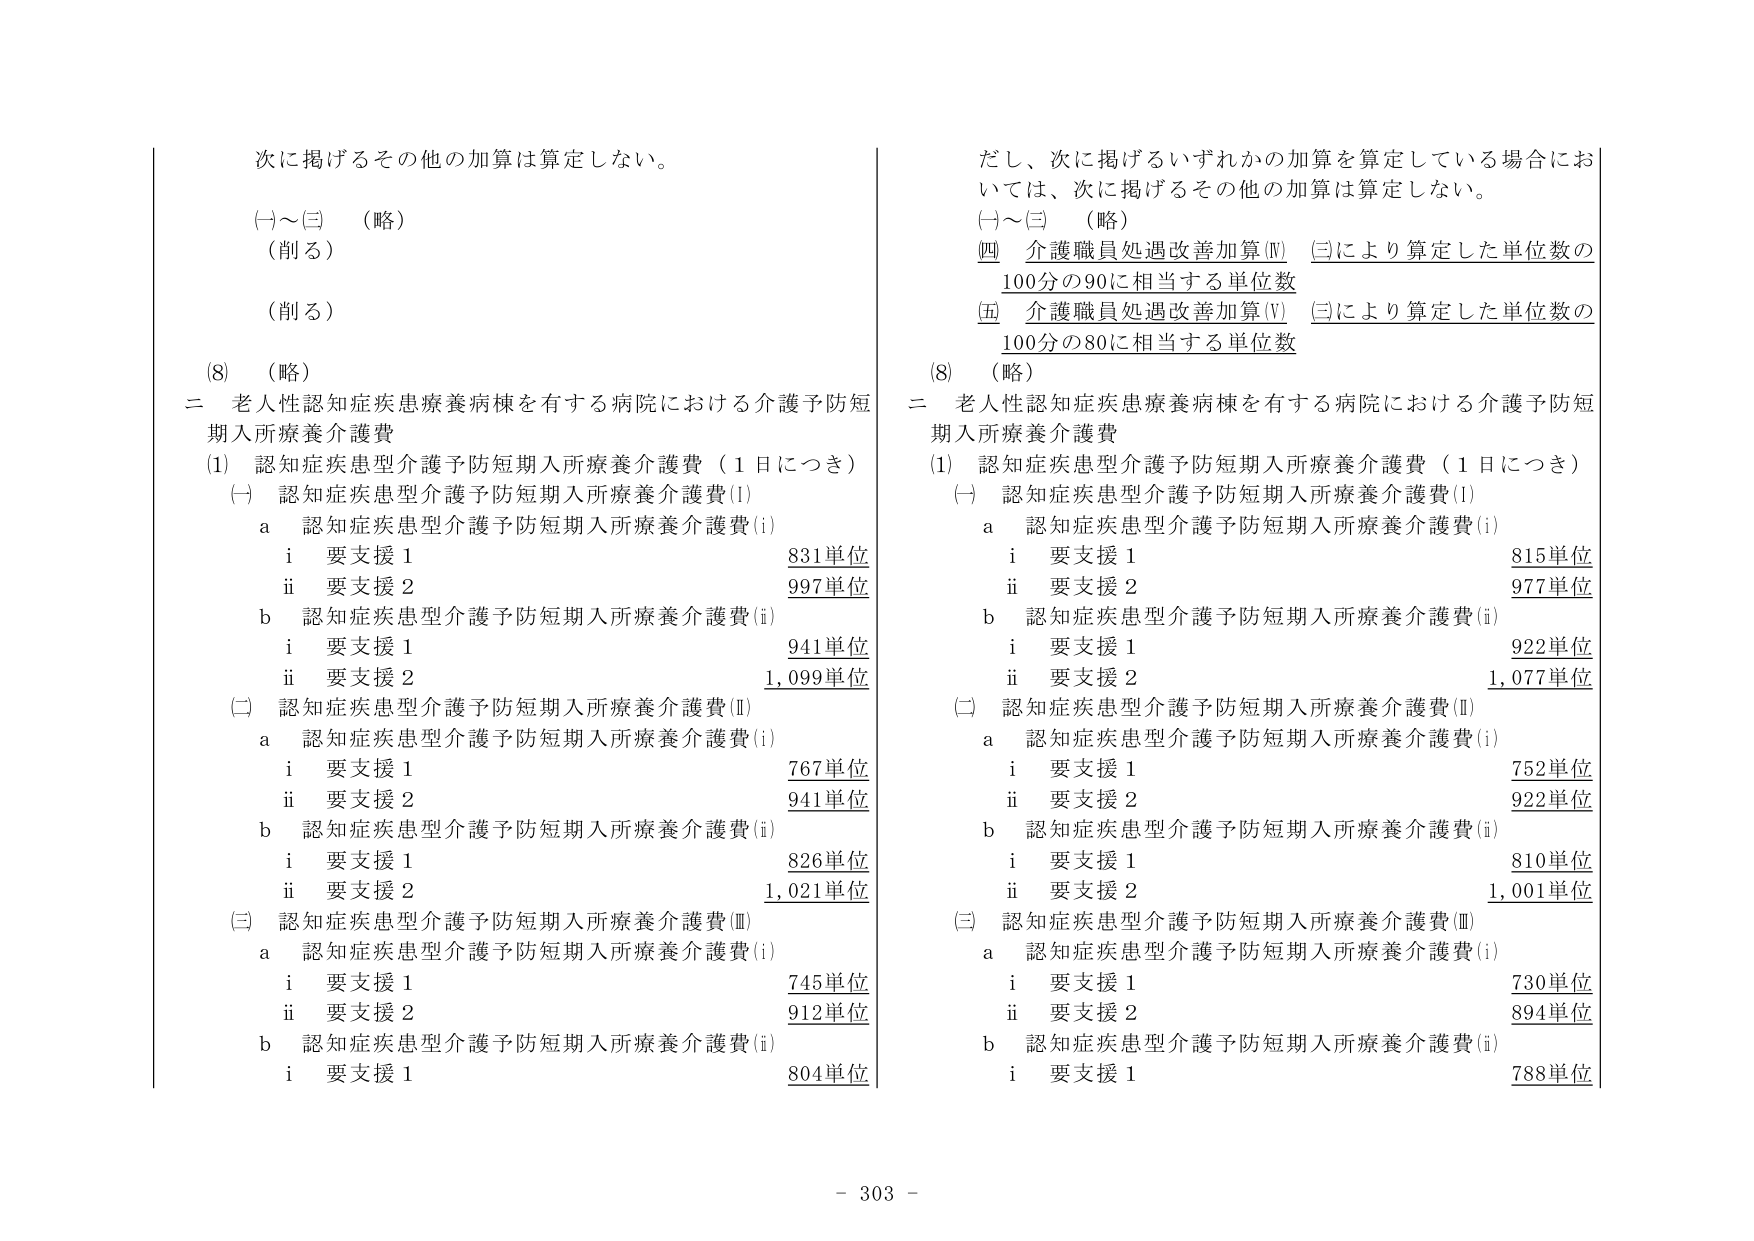
次に掲げるその他の加算は算定しない。

(一)～(三)　（略）
（削る）

（削る）

(8)　（略）

二　老人性認知症疾患療養病棟を有する病院における介護予防短期入所療養介護費

(1)　認知症疾患型介護予防短期入所療養介護費（1日につき）

(一)　認知症疾患型介護予防短期入所療養介護費(I)

　a　認知症疾患型介護予防短期入所療養介護費(i)

　　i　要支援1　　　　　　　　　　　　　　　831単位

　　ii　要支援2　　　　　　　　　　　　　　　997単位

　b　認知症疾患型介護予防短期入所療養介護費(ii)

　　i　要支援1　　　　　　　　　　　　　　　941単位

　　ii　要支援2　　　　　　　　　　　　　　1,099単位

(二)　認知症疾患型介護予防短期入所療養介護費(Ⅱ)

　a　認知症疾患型介護予防短期入所療養介護費(i)

　　i　要支援1　　　　　　　　　　　　　　　767単位

　　ii　要支援2　　　　　　　　　　　　　　　941単位

　b　認知症疾患型介護予防短期入所療養介護費(ii)

　　i　要支援1　　　　　　　　　　　　　　　826単位

　　ii　要支援2　　　　　　　　　　　　　　1,021単位

(三)　認知症疾患型介護予防短期入所療養介護費(Ⅲ)

　a　認知症疾患型介護予防短期入所療養介護費(i)

　　i　要支援1　　　　　　　　　　　　　　　745単位

　　ii　要支援2　　　　　　　　　　　　　　　912単位

　b　認知症疾患型介護予防短期入所療養介護費(ii)

　　i　要支援1　　　　　　　　　　　　　　　804単位

ただし、次に掲げるいずれかの加算を算定している場合においては、次に掲げるその他の加算は算定しない。

(一)～(三)　（略）

(四)　介護職員処遇改善加算(Ⅳ)　(三)により算定した単位数の100分の90に相当する単位数

(五)　介護職員処遇改善加算(Ⅴ)　(三)により算定した単位数の100分の80に相当する単位数

(8)　（略）

二　老人性認知症疾患療養病棟を有する病院における介護予防短期入所療養介護費

(1)　認知症疾患型介護予防短期入所療養介護費（1日につき）

(一)　認知症疾患型介護予防短期入所療養介護費(I)

　a　認知症疾患型介護予防短期入所療養介護費(i)

　　i　要支援1　　　　　　　　　　　　　　　815単位

　　ii　要支援2　　　　　　　　　　　　　　　977単位

　b　認知症疾患型介護予防短期入所療養介護費(ii)

　　i　要支援1　　　　　　　　　　　　　　　922単位

　　ii　要支援2　　　　　　　　　　　　　　1,077単位

(二)　認知症疾患型介護予防短期入所療養介護費(Ⅱ)

　a　認知症疾患型介護予防短期入所療養介護費(i)

　　i　要支援1　　　　　　　　　　　　　　　752単位

　　ii　要支援2　　　　　　　　　　　　　　　922単位

　b　認知症疾患型介護予防短期入所療養介護費(ii)

　　i　要支援1　　　　　　　　　　　　　　　810単位

　　ii　要支援2　　　　　　　　　　　　　　1,001単位

(三)　認知症疾患型介護予防短期入所療養介護費(Ⅲ)

　a　認知症疾患型介護予防短期入所療養介護費(i)

　　i　要支援1　　　　　　　　　　　　　　　730単位

　　ii　要支援2　　　　　　　　　　　　　　　894単位

　b　認知症疾患型介護予防短期入所療養介護費(ii)

　　i　要支援1　　　　　　　　　　　　　　　788単位

- 303 -